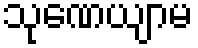
သုဏေယျာမ